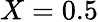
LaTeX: X=0.5